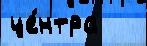
це́нтра